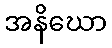
အနိဃော